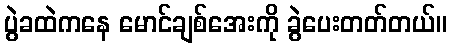
ပွဲခထဲကနေ မောင်ချစ်အေးကို ခွဲပေးတတ်တယ်။